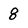
Character: 8